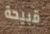
قبيحة